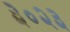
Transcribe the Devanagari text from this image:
३०२३